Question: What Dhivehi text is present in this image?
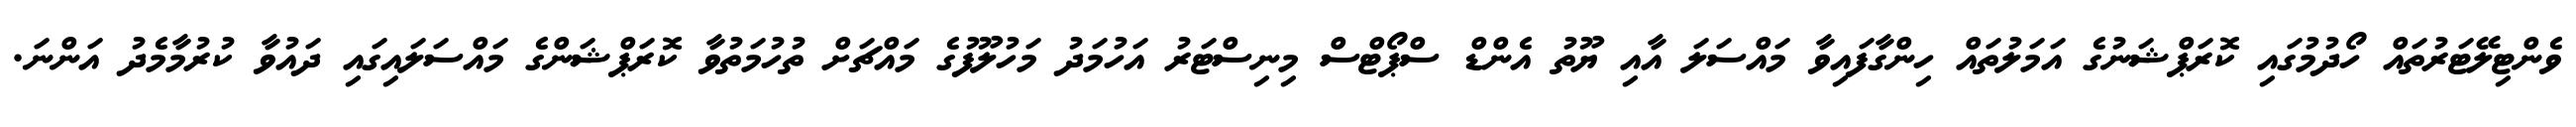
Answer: ވެންޓިލޭޓަރުތައް ހޯދުމުގައި ކޮރަޕްޝަނުގެ އަމަލުތައް ހިންގާފައިވާ މައްސަލަ އާއި ޔޫތު އެންޑް ސްޕޯޓްސް މިނިސްޓަރު އަހުމަދު މަހުލޫފުގެ މައްޗަށް ތުހުމަތުވާ ކޮރަޕްޝަންގެ މައްސަލައިގައި ދައުވާ ކުރުމާމެދު އަންނަ.